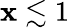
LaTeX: \mathbf{x}\lesssim1